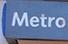
metro